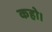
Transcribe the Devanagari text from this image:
कहो।